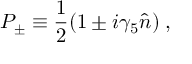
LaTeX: P _ { \pm } \equiv { \frac { 1 } { 2 } } ( 1 \pm i \gamma _ { 5 } \hat { n } ) \; ,